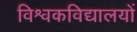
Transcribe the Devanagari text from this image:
विश्वकविद्यालयों